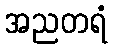
အညတရံ